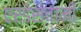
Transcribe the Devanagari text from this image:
एरंडेस्वामी